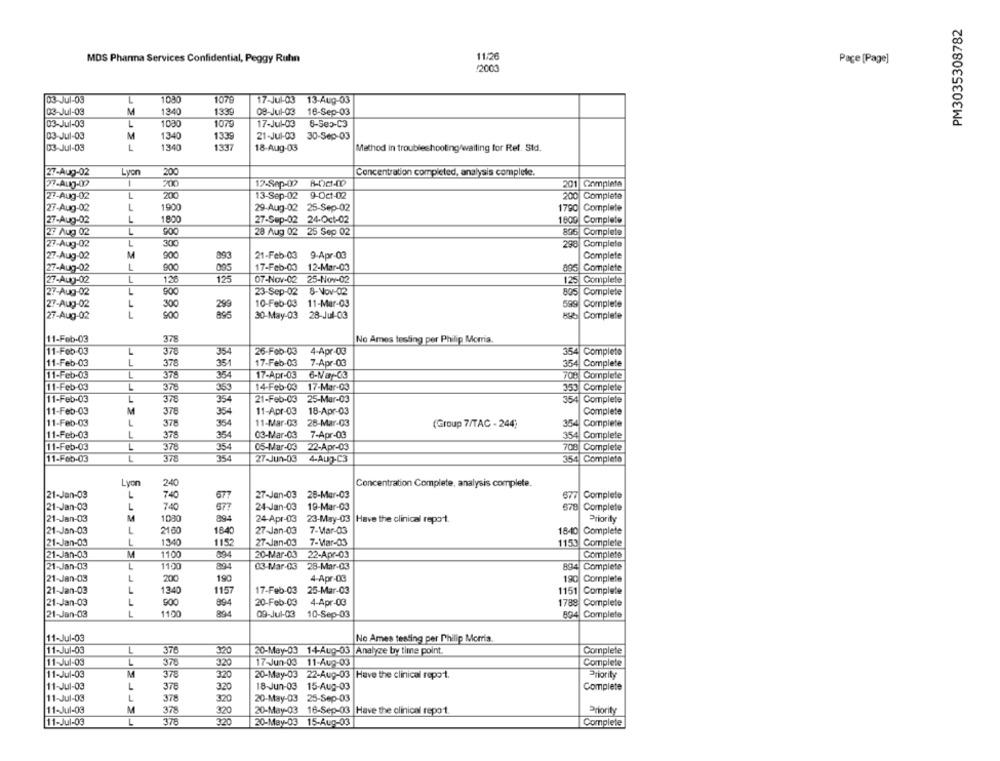
PM3035308782
MDS Pharma Services Confidential, Peggy Ruhn
11:26
Page [Page]
12000
03-Jul-03
L
1080
1079
17-Jul-03 13-Aug-03
03-Jul-03
M
1340
1339
08-Jul-03
16-Sep-03
03-Jul-03
L
1030
1079
17-Jul-03
8-Sep-C3
03-Jul-03
M
1340
1339
21-Jul-03
30-Sep-03
03-Jul-03
L
1340
1337
18-Aug-03
Method in troubleshooting/waiting for Ret. Std.
27-Aug-02
Lyon
200
Concentration completed, analysis complete.
1
200
27-Aug-09
17-Sep-09
201 Complete
27-Aug-02
L
200
13-Sep-02
9-Oct-02
Completa
1900
27-Aug-02
29-Aug-02 25-Sep-02
1790
Complete
27-Aug-02
1
1800
27-Sep-02 24-Oct-02
1800 Complete
27 Aug 02
L
28 Aug 02 25 Sep 02
27-Aug-02
L
300
Complete
290
27-Aug-02
M
900
893
21-Feb-03 9-Apr-03
Complete
L
900
17-Feb-00 12-Mar-03
27-Aug-02
095
895
Complete
27-Aug-02
L
12
125
07-Nov-02 25-Nov-02
Complete
27-Aug-02
L
900
23-Sep-02
8-Nov-02
Complete
27-Aug-02
10-Feb-03
11-Mar-03
Complete
300
27-Aug-02
L
30-May-03 28-Jul-03
Complete
11-Feb-03
375
No Ames testing per Philip Morria.
11-Feb-03
L
378
26-Feb-03
4-Apr-03
354
Complete
354
11-Feb-03
L
378
351
17-Feb-03
7-Apr-03
354
Complete
L
11-Feb-03
378
354
17-Apr-03
708 Complete
11-Feb-03
378
14-Feb-03
17-Mar-03
353 Complete
11-Feb-03
L
378
21-Feb-03
25-Mar-03
354 Complete
11-Feb-03
M
354
11-Apr-03
18-Apr-03
Complete
378
11-Feb-03
L
378
354
11-Mar-03
28-Mar-03
(Group 7/TAC - 244)
354 Complete
11-Feb-03
L
354
03-Mar-03
7-Apr-03
354 Complete
378
11-Feb-03
L
378
354
05-Mar-03 22-Apr-03
708 Complete
378
11-Feb-03
L
354
27-Jun-03
4-Aug-C3
354 Completo
Lyon
240
Concentration Complete, analysis complete.
21-Jan-03
L
740
677
27-Jan-03
28-Mar-03
677 Complete
21-Jan-03
L
740
677
24-Jan-03
19-Mar-03
878 Complete
M
1030
21-Jan-03
894
24-Apr-03
23-May-03 |Have the clinical report.
Priority
21-Jan-03
L
2160
1840
27-Jan-03
7-Mar-03
1840 Complete
L
1-Jan-03
1340
1152
27-Jan-03
7-Mar-03
1153 Complete
1-Jan-03
M
1100
094
20-Mar-03
22-Apr-03
Complete
1100
21-Jan-03
L
894
03-Mar-03
28-Mar-03
894 Complete
21-Jan-03
L
200
190
4-Apr-03
190 Complete
21-Jan-03
1340
1157
17-Feb-03
25-Mar-03
1151 Complete
21-Jan-03
900
20-Feb-03
4-Apr-03
1788 Complete
894
21-Jan-03
1100
894
09-Jul-03
10-Sep-03
894 Complete
11-Jul-03
No Ames testing per Philip Morris
11-Jul-03
L
376
320
20-May-03 14-Aug-03 |Analyze by time point.
Complete
11-Jul-03
378
17-Jun-03 11-Aug-03
Complete
320
11-Jul-03
378
320
20-May-03 22-Aug-03
Have the clinical repo-t.
Priority
11-Jul-03
L
18-Jun-03 15-Aug-03
Complete
378
320
11-Jul-03
L
378
320
20-May-03 25-Sep-03
11-Jul-03
M
378
320
20-May-03 16-Sep-03 |Have the clinical repo1
Priority
11-Jul-03
378
20-May-03 15-Aug-03
Complete